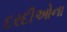
દરદીઓના